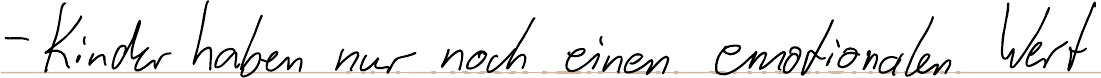
- Kinder haben nur noch einen emotionalen Wert